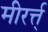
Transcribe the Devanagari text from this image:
मीरर्त्त्